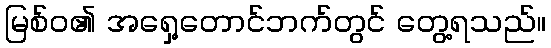
မြစ်ဝ၏ အရှေ့တောင်ဘက်တွင် တွေ့ရသည်။